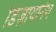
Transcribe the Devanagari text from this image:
डिज़ायनिंग